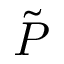
\tilde { P }